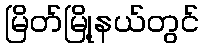
မြိတ်မြို့နယ်တွင်